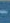
-